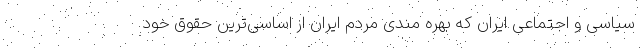
سیاسی و اجتماعی ایران که بهره مندی مردم ایران از اساسی‌ترین حقوق خود